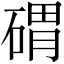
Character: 𱴚